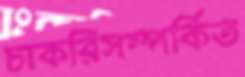
চাকরিসম্পর্কিত